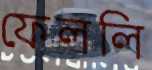
ফেললি